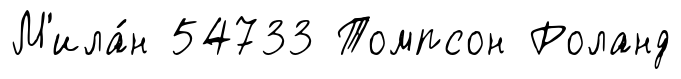
М'ила́н 54733 Томпсон Роланд